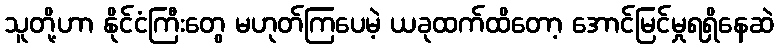
သူတို့ဟာ နိုင်ငံကြီးတွေ မဟုတ်ကြပေမဲ့ ယခုထက်ထိတော့ အောင်မြင်မှုရရှိနေဆဲ